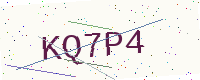
Text: KQ7P4